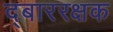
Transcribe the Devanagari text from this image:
द्बाररक्षक